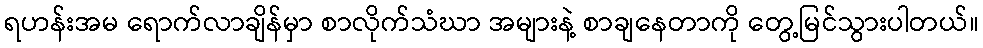
ရဟန်းအမ ရောက်လာချိန်မှာ စာလိုက်သံဃာ အများနဲ့ စာချနေတာကို တွေ့မြင်သွားပါတယ်။